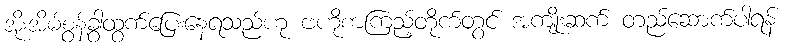
အိုးအိမ်စွန့်ခွာထွက်ပြေးနေရသည်ဟု ဗဟိုစာကြည့်တိုက်တွင် အကျိုးဆက် တည်ဆောက်ပါရန်